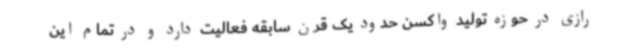
رازی در حوزه تولید واکسن حدود یک قرن سابقه فعالیت دارد و در تمام این